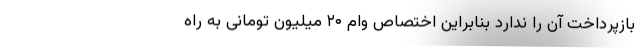
بازپرداخت آن را ندارد بنابراین اختصاص وام ۲۰ میلیون تومانی به راه